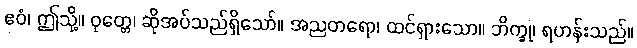
ဧဝံ၊ ဤသို့။ ဝုတ္တေ၊ ဆိုအပ်သည်ရှိသော်။ အညတရော၊ ထင်ရှားသော။ ဘိက္ခု၊ ရဟန်းသည်။